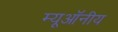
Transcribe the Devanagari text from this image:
म्यूऑनीय